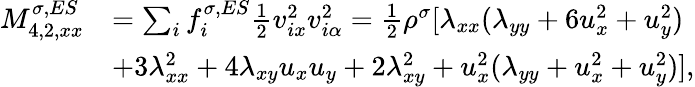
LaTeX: \begin{array}{r}{\begin{array}{rl}{M_{4,2,xx}^{\sigma,ES}}&{=\sum_{i}f_{i}^{\sigma,ES}\frac{1}{2}v_{ix}^{2}v_{i\alpha}^{2}=\frac{1}{2}\rho^{\sigma}[\lambda_{xx}(\lambda_{yy}+6u_{x}^{2}+u_{y}^{2})}\\ &{+3\lambda_{xx}^{2}+4\lambda_{xy}u_{x}u_{y}+2\lambda_{xy}^{2}+u_{x}^{2}(\lambda_{yy}+u_{x}^{2}+u_{y}^{2})],}\end{array}}\end{array}